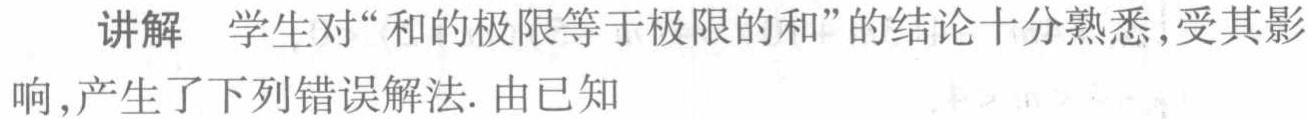
讲解 学生对“和的极限等于极限的和”的结论十分熟悉,受其影响,产生了下列错误解法. 由已知